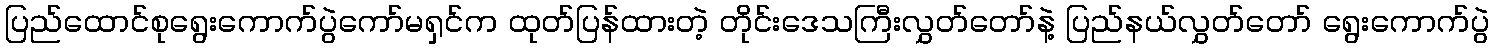
ပြည်ထောင်စုရွေးကောက်ပွဲကော်မရှင်က ထုတ်ပြန်ထားတဲ့ တိုင်းဒေသကြီးလွှတ်တော်နဲ့ ပြည်နယ်လွှတ်တော် ရွေးကောက်ပွဲ